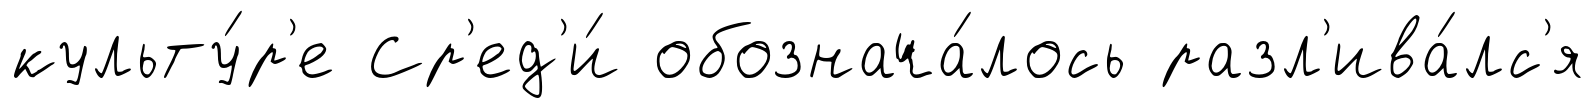
культу́р'е Ср'ед'и́ обознача́лось разл'ива́лс'я